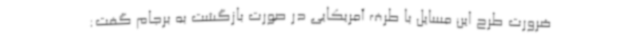
ضرورت طرح این مسایل با طرف آمریکایی در صورت بازگشت به برجام گفت: